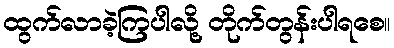
ထွက်လာခဲ့ကြပါလို့ တိုက်တွန်းပါရစေ။